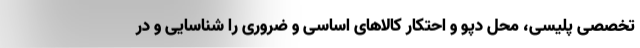
تخصصی پلیسی، محل دپو و احتکار کالاهای اساسی و ضروری را شناسایی و در